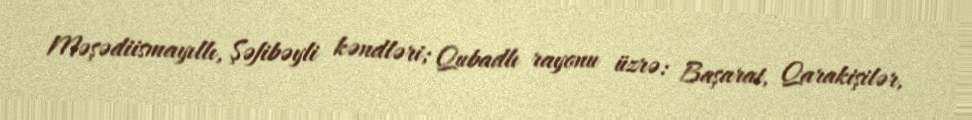
Məşədiismayıllı, Şəfibəyli kəndləri; Qubadlı rayonu üzrə: Başarat, Qarakişilər,